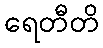
ရေတီတိ